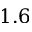
1 . 6